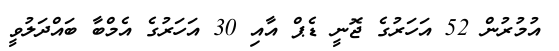
އުމުރުން 52 އަހަރުގެ ޖޮނީ ޑެޕް އާއި 30 އަހަރުގެ އެމްބާ ބައްދަލުވީ